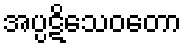
အပ္ပဋိသေဝတော